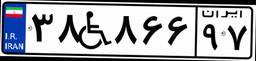
۳۸W۸۶۶۹۷